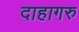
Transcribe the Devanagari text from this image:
दाहागरु